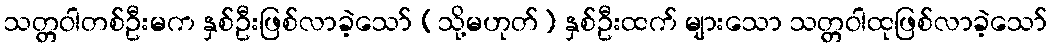
သတ္တဝါတစ်ဦးမက နှစ်ဦးဖြစ်လာခဲ့သော် (သို့မဟုတ်) နှစ်ဦးထက် များသော သတ္တဝါထုဖြစ်လာခဲ့သော်